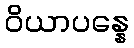
ဝိယာပန္နေ